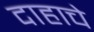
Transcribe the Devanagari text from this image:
दाहाचे